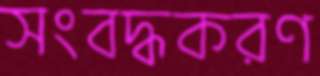
সংবদ্ধকরণ